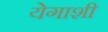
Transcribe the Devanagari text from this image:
येगाशी